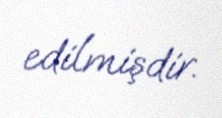
edilmişdir.